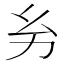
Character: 𢆲